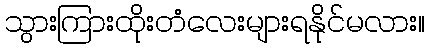
သွားကြားထိုးတံလေးများရနိုင်မလား။